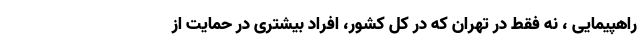
راهپیمایی ، نه فقط در تهران که در کل کشور، افراد بیشتری در حمایت از